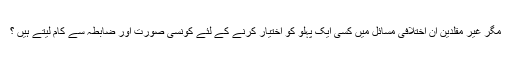
مگر غیر مقلدین ان اختلافی مسائل میں کسی ایک پہلو کو اختیار کرنے کے لئے کونسی صورت اور ضابطہ سے کام لیتے ہیں ؟